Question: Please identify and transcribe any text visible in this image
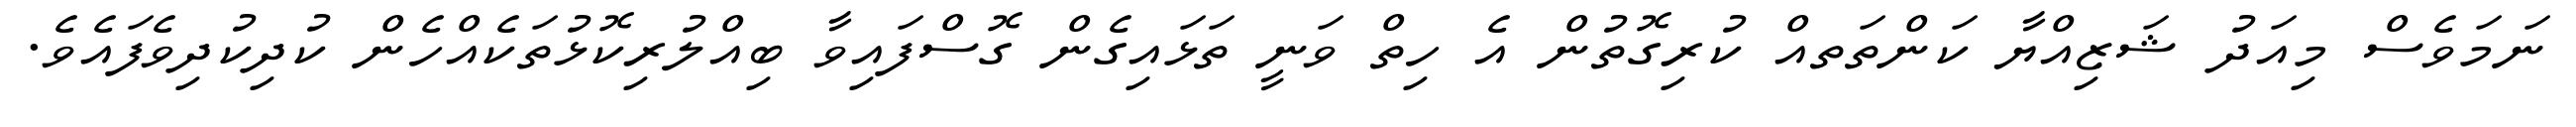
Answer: ނަމަވެސް މިއަދު ޝަޒިއްޔާ ކަންތަތއް ކުރިގޮތުން އެ ހިތް ވަނީ ތަޅައިގެން ގޮސްފައިވާ ބިއްލުރިކޮޅުތަކެއްހެން ކުދިކުދިވެފައެވެ.